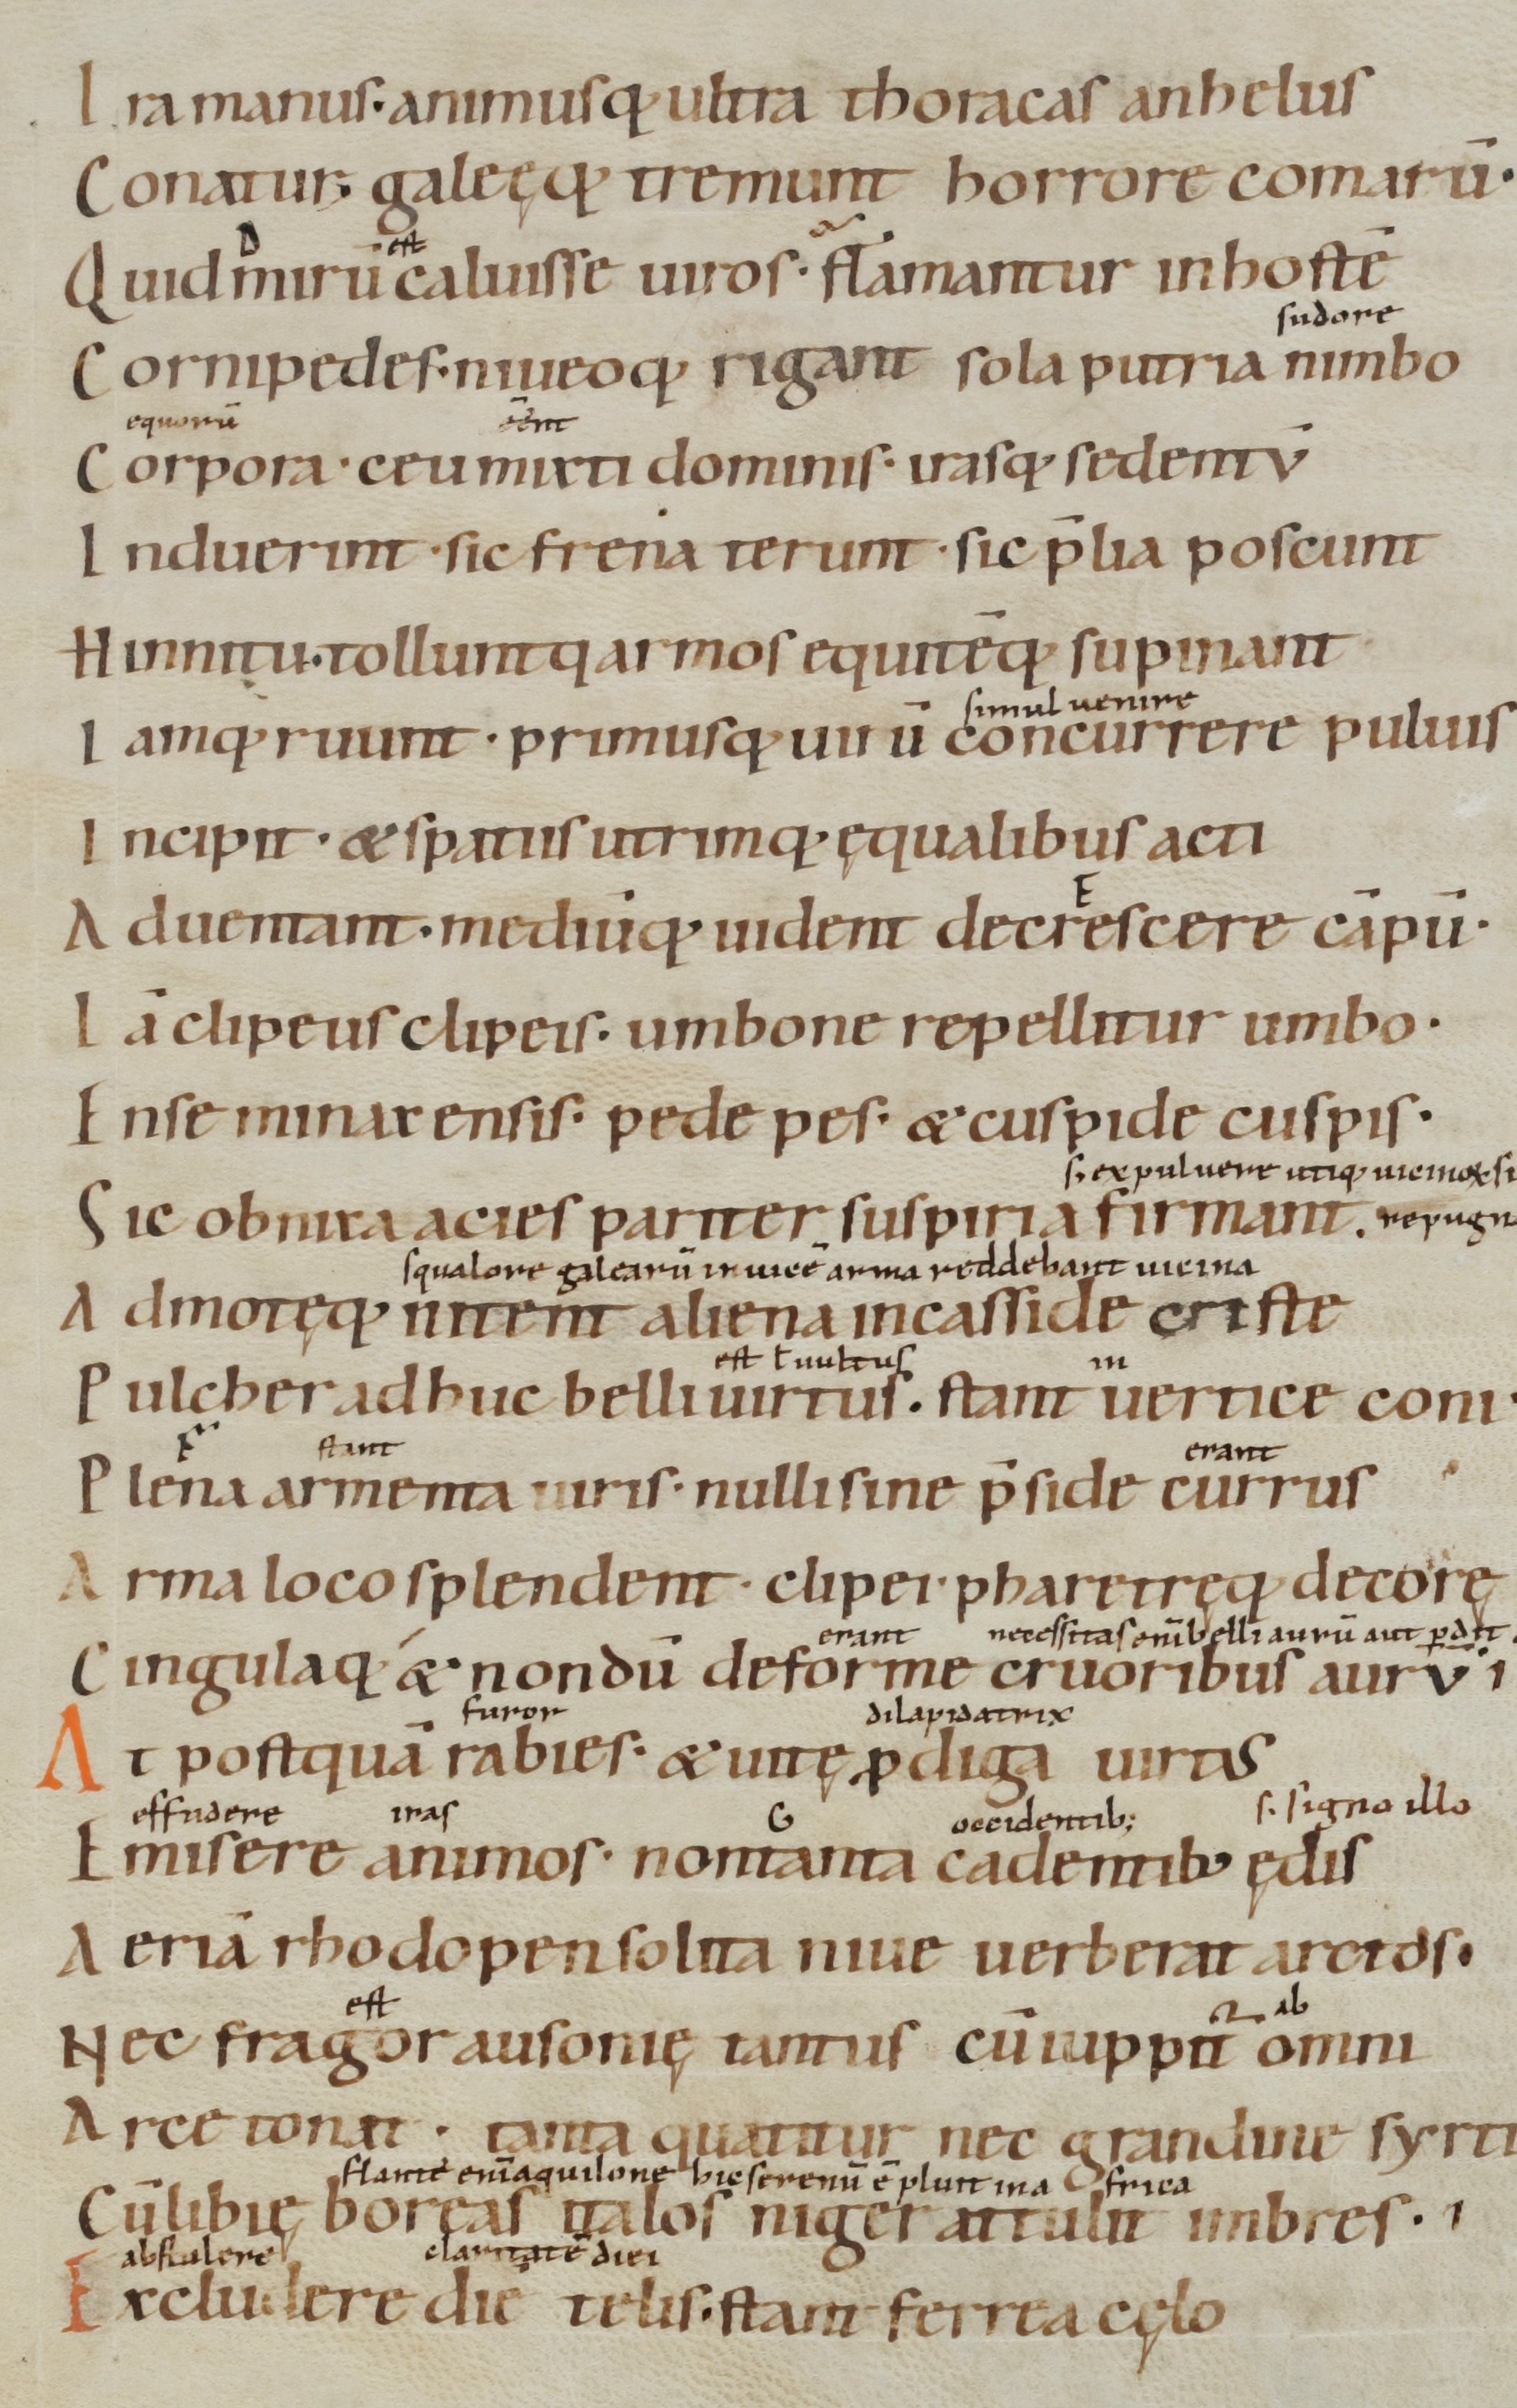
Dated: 900–1199